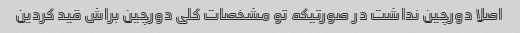
اصلا دورچین نداشت در صورتیکه تو مشخصات کلی دورچین براش قید کردین